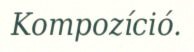
Kompozíció.